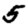
Digit: 5